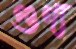
গুণ্য